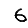
Digit: 6